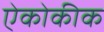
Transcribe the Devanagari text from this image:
ऐकोकीक